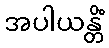
အပါယန္တိံ